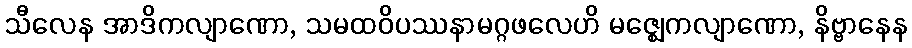
သီလေန အာဒိကလျာဏော, သမထဝိပဿနာမဂ္ဂဖလေဟိ မဇ္ဈေကလျာဏော, နိဗ္ဗာနေန